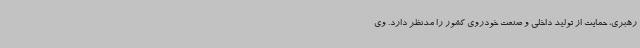
رهبری، حمایت از تولید داخلی و صنعت خودروی کشور را مدنظر دارد. وی